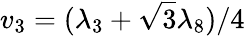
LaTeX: v_{3}=(\lambda_{3}+\sqrt{3}\lambda_{8})/4